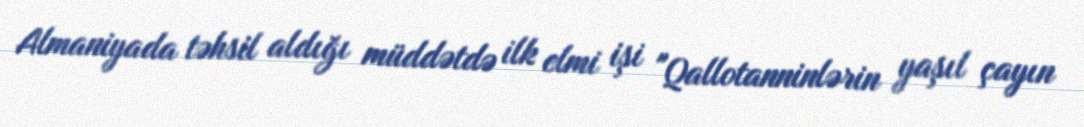
Almaniyada təhsil aldığı müddətdə ilk elmi işi "Qallotanninlərin yaşıl çayın